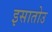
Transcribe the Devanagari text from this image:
इसातोउ